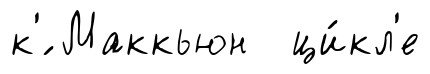
к'́ Маккьюн ци́кл'е